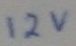
Text: 12V